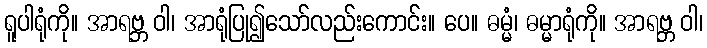
ရူပါရုံကို။ အာရဗ္ဘ ဝါ၊ အာရုံပြု၍သော်လည်းကောင်း။ ပေ။ ဓမ္မံ၊ ဓမ္မာရုံကို။ အာရဗ္ဘ ဝါ၊